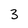
Character: 3